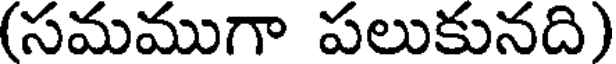
(సమముగా పలుకునది)